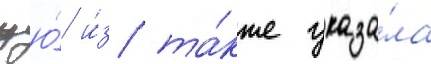
цю́ и́з та́кже указа́ла